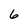
Character: 6